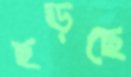
ছড়ছে